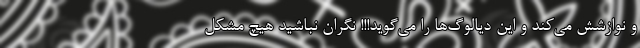
و نوازشش می‌کند و این دیالوگ‌ها را می‌گوید!!! نگران نباشید هیچ مشکل